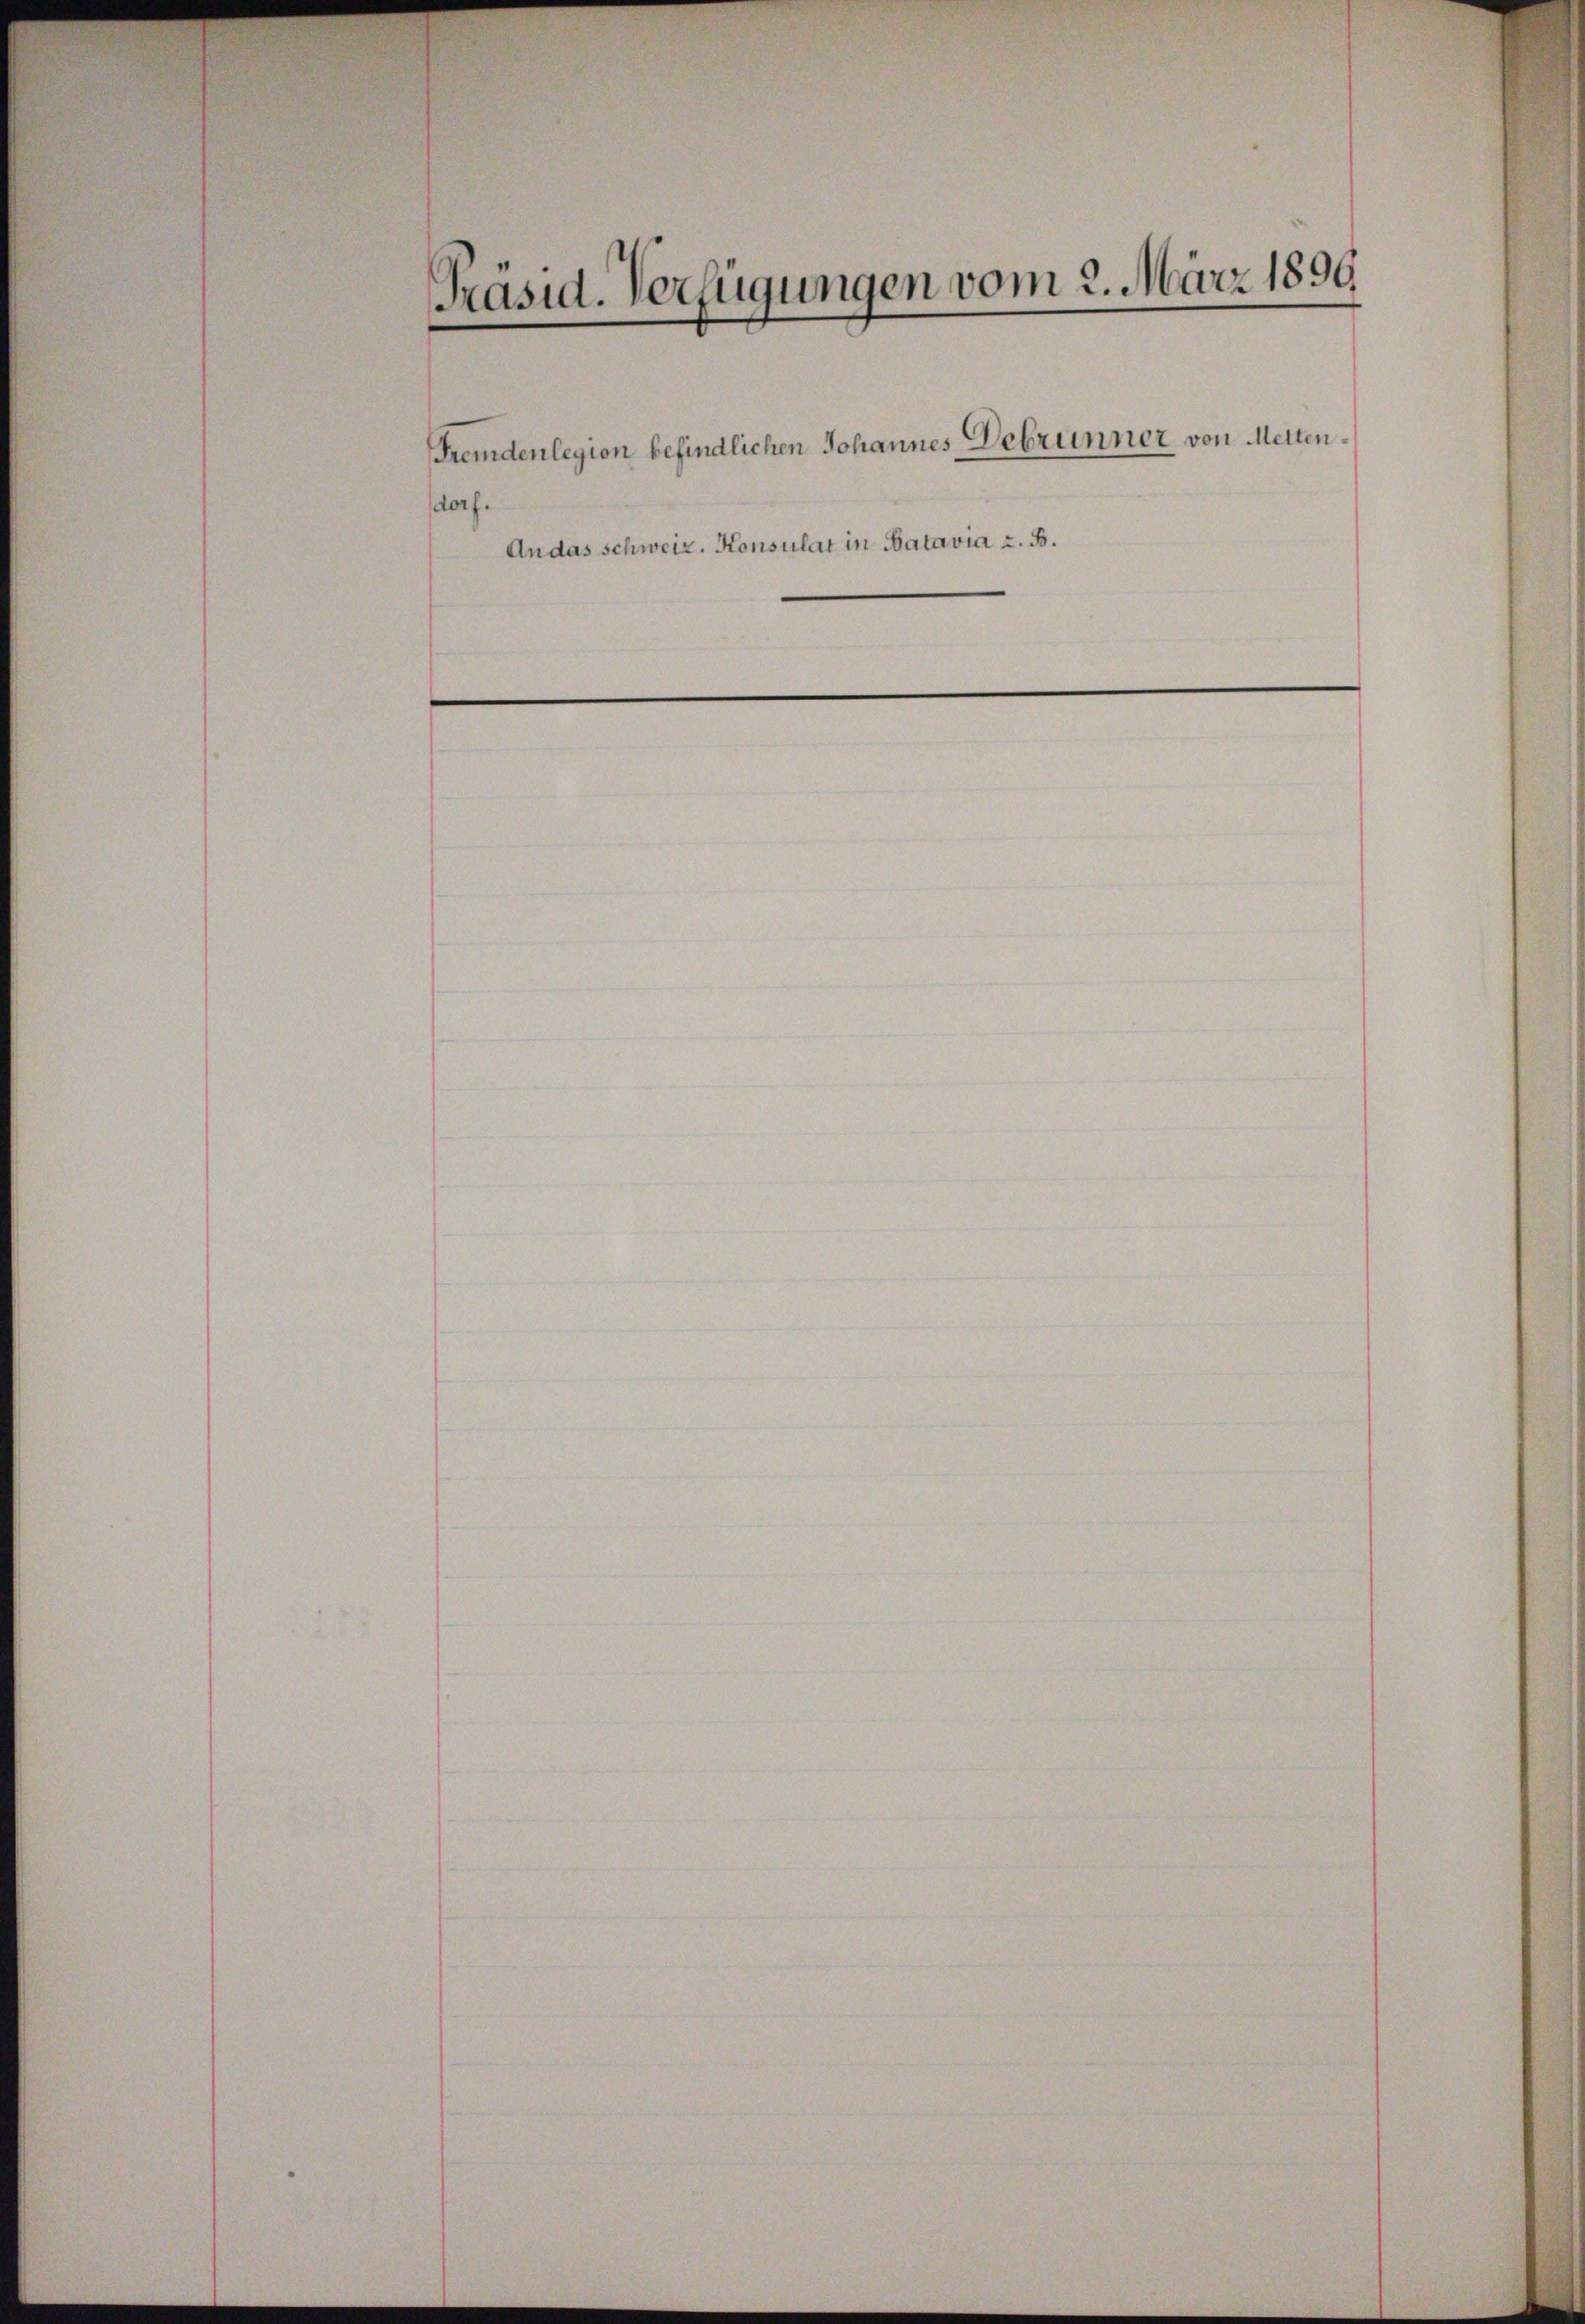
Präsid. Verfügungen vom 3. März 1896.

dorf.
Andas schweiz. Konsulat in Batavia z. B.

Fremdenlegion befindlichen Johannes Debrunner von Metten¬